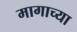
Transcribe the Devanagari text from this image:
मागाच्या